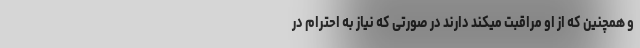
و همچنین که از او مراقبت میکند دارند در صورتی که نیاز به احترام در